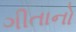
ગીતાનો